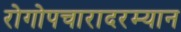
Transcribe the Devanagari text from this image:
रोगोपचारादरम्यान